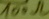
Text: 100Ω